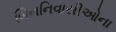
બિનનિવાસીઓના